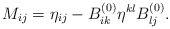
\begin{align*}M_{ij}=\eta _{ij}-B_{ik}^{(0)}\eta ^{kl}B_{lj}^{(0)}.\end{align*}